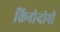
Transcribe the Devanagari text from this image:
किनोन्दोनी